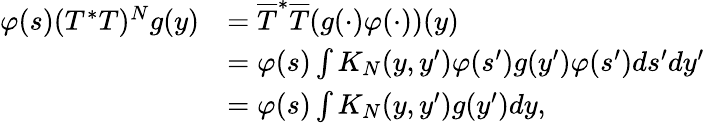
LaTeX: \begin{array}{rl}{\varphi(s)(T^{*}T)^{N}g(y)}&{=\overline{{T}}^{*}\overline{{T}}(g(\cdot)\varphi(\cdot))(y)}\\ &{=\varphi(s)\int K_{N}(y,y^{\prime})\varphi(s^{\prime})g(y^{\prime})\varphi(s^{\prime})ds^{\prime}dy^{\prime}}\\ &{=\varphi(s)\int K_{N}(y,y^{\prime})g(y^{\prime})dy,}\end{array}